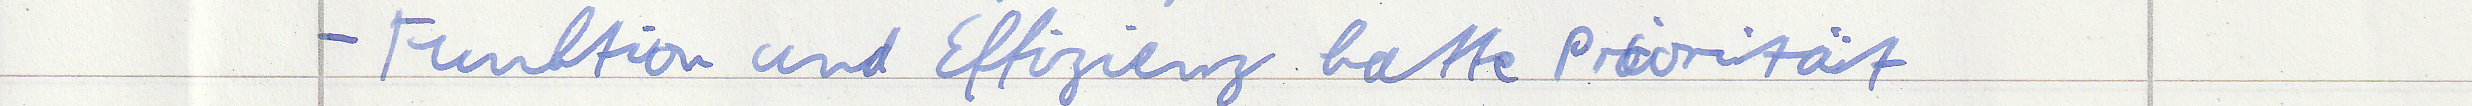
- Funktion und Effizienz hatte Priorität